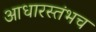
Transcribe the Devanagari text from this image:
आधारस्तंभच